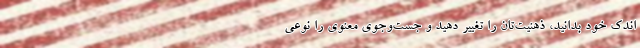
اندکِ خود بدانید، ذهنیت‌تان را تغییر دهید و جست‌وجوی معنوی را نوعی